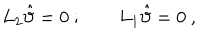
L _ { 2 } \hat { \vartheta } = 0 \ ; \qquad L _ { 1 } \hat { \vartheta } = 0 \ ,